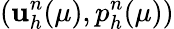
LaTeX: (\textbf{u}_{h}^{n}(\mu),p_{h}^{n}(\mu))